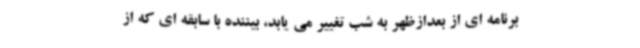
برنامه ای از بعدازظهر به شب تغییر می یابد، بیننده با سابقه ای که از